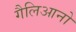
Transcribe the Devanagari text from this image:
गैलिआनो